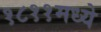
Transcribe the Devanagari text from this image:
१८११मध्ये